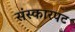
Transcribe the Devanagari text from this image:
संस्कारपट